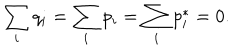
LaTeX: \sum _ { i } q _ { i } = \sum _ { i } p _ { i } = \sum _ { i } p _ { i } ^ { * } = 0 .